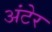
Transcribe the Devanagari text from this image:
अंटेर